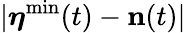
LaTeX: |{\boldsymbol\eta}^{\mathrm{min}}(t)-{\mathbf n}(t)|